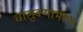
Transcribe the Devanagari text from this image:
चालुक्याभरण